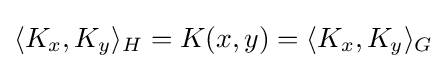
\langle K_{x},K_{y}\rangle _{H}=K(x,y)=\langle K_{x},K_{y}\rangle _{G}